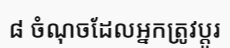
៨ ចំណុចដែលអ្នកត្រូវប្តូរ